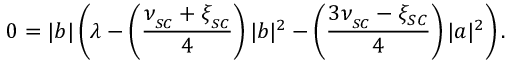
0 = | b | \left( \lambda - \left( \frac { \nu _ { _ { S C } } + \xi _ { _ { S C } } } { 4 } \right) | b | ^ { 2 } - \left( \frac { 3 \nu _ { _ { S C } } - \xi _ { S C } } { 4 } \right) | a | ^ { 2 } \right) .